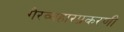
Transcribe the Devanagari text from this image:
गैरव्यहारप्रकरणी